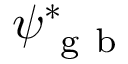
\psi _ { \mathrm { ~ g ~ b ~ } } ^ { * }